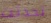
تحدثت